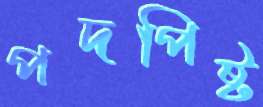
পদপিষ্ট